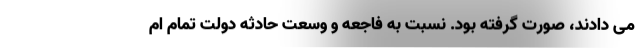
می دادند، صورت گرفته بود. نسبت به فاجعه و وسعت حادثه دولت تمام ام